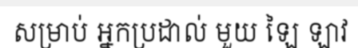
សម្រាប់ អ្នកប្រដាល់ មួយ ឡៃ ឡាវ